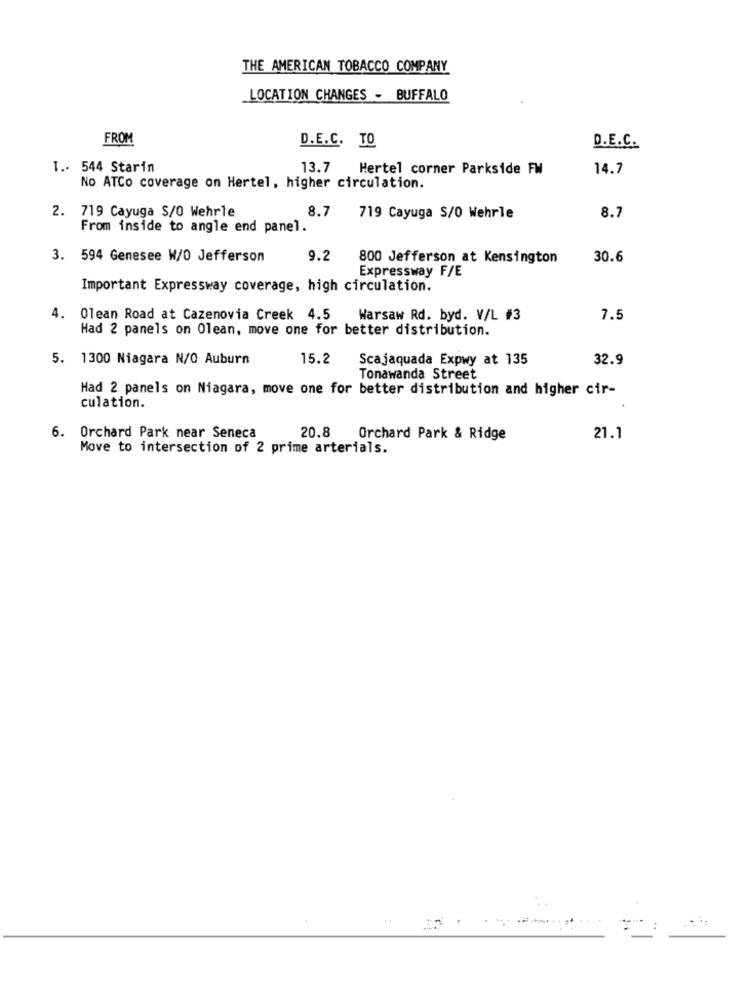
THE AMERICAN TOBACCO COMPANY
LOCATION CHANGES - BUFFALO
FROM
D.E.C. TO
D.E.C.
I .- 544 Starin
13.7
Hertel corner Parkside FW
14.7
No ATCo coverage on Hertel, higher circulation.
8.7
2. 719 Cayuga S/0 Wehrle
719 Cayuga S/O Wehrle
8.7
From inside to angle end panel.
3. 594 Genesee W/O Jefferson
9.2
800 Jefferson at Kensington
30.6
Expressway F/E
Important Expressway coverage, high circulation.
4.
Olean Road at Cazenovia Creek 4.5 Warsaw Rd. byd. V/L #3
7.5
Had 2 panels on Olean, move one for better distribution.
5. 1300 Niagara N/O Auburn
15.2
Scajaquada Expwy at 135
32.9
Tonawanda Street
Had 2 panels on Niagara, move one for better distribution and higher cir-
culation.
Orchard Park near Seneca
20.8
Orchard Park & Ridge
21.1
Move to intersection of 2 prime arterials.